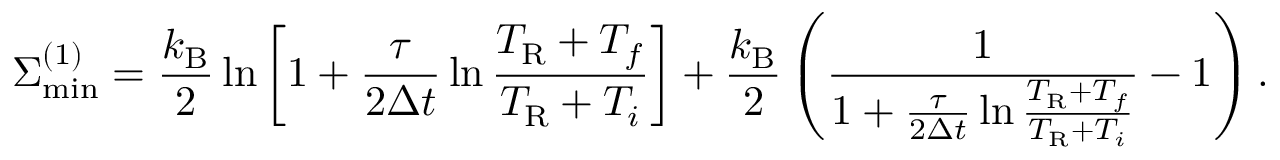
\Sigma _ { \mathrm { m i n } } ^ { ( 1 ) } = \frac { k _ { \mathrm { B } } } { 2 } \ln \left[ 1 + \frac { \tau } { 2 \Delta t } \ln \frac { T _ { \mathrm { R } } + T _ { f } } { T _ { \mathrm { R } } + T _ { i } } \right] + \frac { k _ { \mathrm { B } } } { 2 } \left( \frac { 1 } { 1 + \frac { \tau } { 2 \Delta t } \ln \frac { T _ { \mathrm { R } } + T _ { f } } { T _ { \mathrm { R } } + T _ { i } } } - 1 \right) .